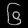
Digit: ၆